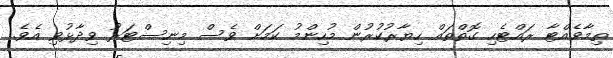
ތިމާވެއްޓާ ރައްޓެހި ގޮތްތައް ހިޔާރުކުރުން މުހިންމު ކަމަށް ވެސް މިނިސްޓަރު ވިދާޅުވި އެވެ.